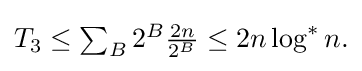
{\textstyle T_{3}\leq \sum _{B}2^{B}{\frac {2n}{2^{B}}}\leq 2n\log ^{*}n.}